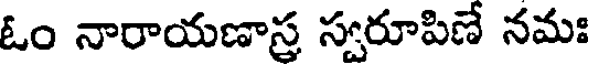
ఓం నారాయణాస్ర స్వరూపిణే నమః